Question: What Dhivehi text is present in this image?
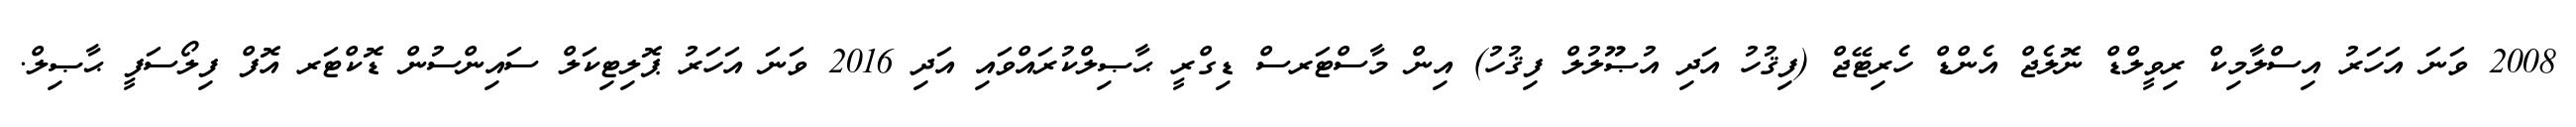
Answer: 2008 ވަނަ އަހަރު އިސްލާމިކް ރިވީލްޑް ނޮލެޖް އެންޑް ހެރިޓޭޖް (ފިޤުހު އަދި އުޞޫލުލް ފިޤުހު) އިން މާސްޓަރސް ޑިގްރީ ޙާޞިލްކުރައްވައި އަދި 2016 ވަނަ އަހަރު ޕޮލިޓިކަލް ސައިންސުން ޑޮކްޓަރ އޮފް ފިލޯސަފީ ޙާޞިލް.